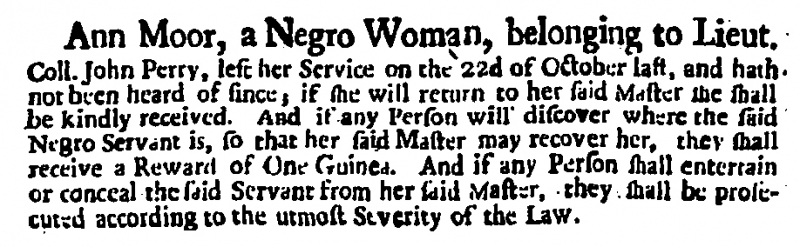
Daily Post, 2 November 1720 (England)
Ann Moor, a Negro Woman, belonging to Lieut. Coll. John Perry, left her Service on the 22d of October last, and hath not been heard of since; if she will return to her said Master she shall be kindly received. And if any Person will discover where the said Negro Servant is, so that her said Master may recover her, they shall receive a Reward of One Guinea. And if any Person shall entertain or conceal the said Servant from her said Master, they shall be prosecuted according to the utmost Severity of the Law.